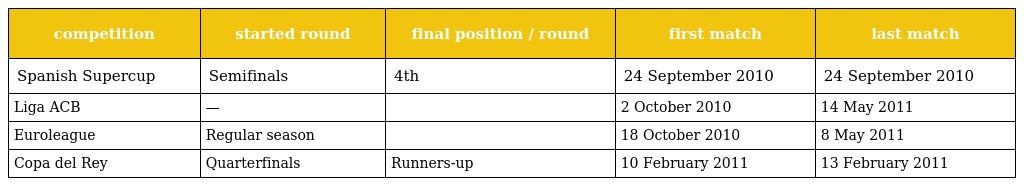
| competition | started round | final position / round | first match | last match |
 | --- | --- | --- | --- | --- |
 | Spanish Supercup | Semifinals | 4th | 24 September 2010 | 24 September 2010 |
 | Liga ACB | — |  | 2 October 2010 | 14 May 2011 |
 | Euroleague | Regular season |  | 18 October 2010 | 8 May 2011 |
 | Copa del Rey | Quarterfinals | Runners-up | 10 February 2011 | 13 February 2011 |